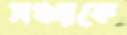
সঞ্চয়কে